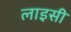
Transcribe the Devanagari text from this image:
लाइसी